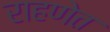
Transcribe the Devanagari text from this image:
राहणेत